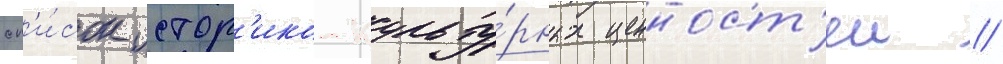
сп'и́сок истор'ико-культу́рных ценност'еи //